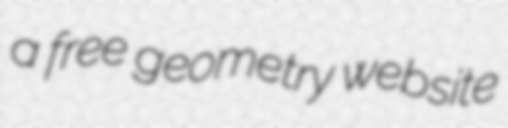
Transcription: a free geometry website